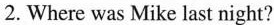
2. Where was Mike last night?